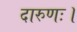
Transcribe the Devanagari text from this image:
दारुणः।